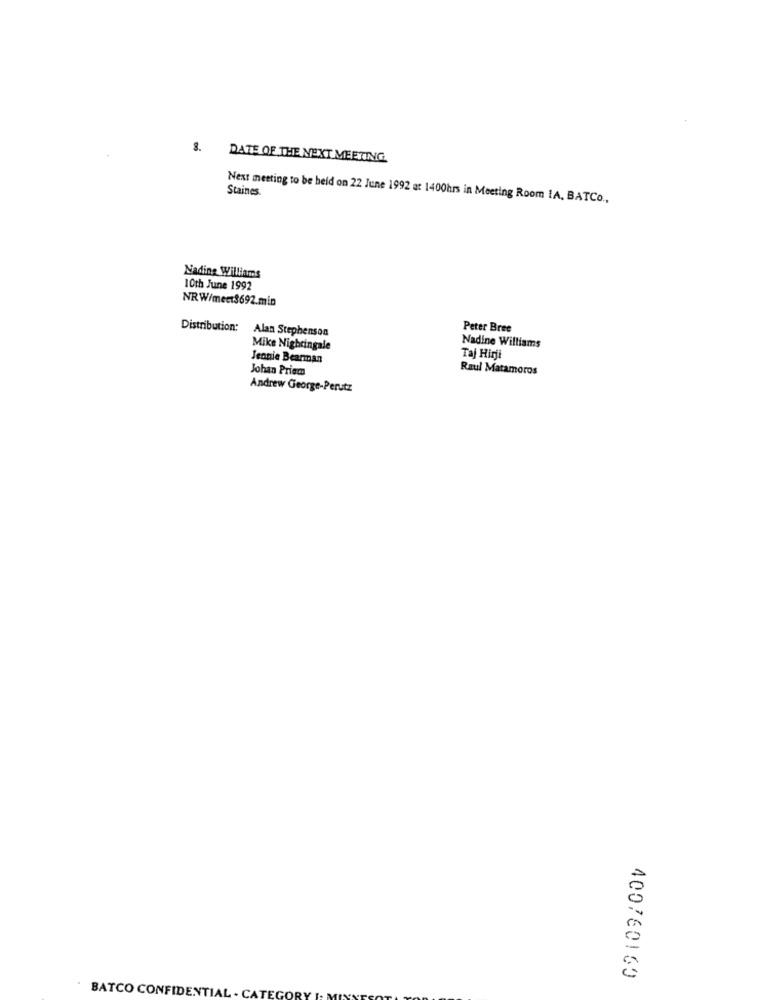
8.
DATE OF THE NEXT MEETING
Staines.
Next meeting to be held on 22 June 1992 at 1400hrs in Meeting Room IA, BATCo .,
Nadine Williams
10th June 1992
NRW/mect3692.min
Distribution: Alan Stephenson
Peter Bree
Mike Nightingale
Nadine Williams
Jennie Beanman
Taj Hirji
Johan Priem
Raul Matamoros
Andrew George-Perutz
400760160
BATCO CONFIDENTIAL . CA